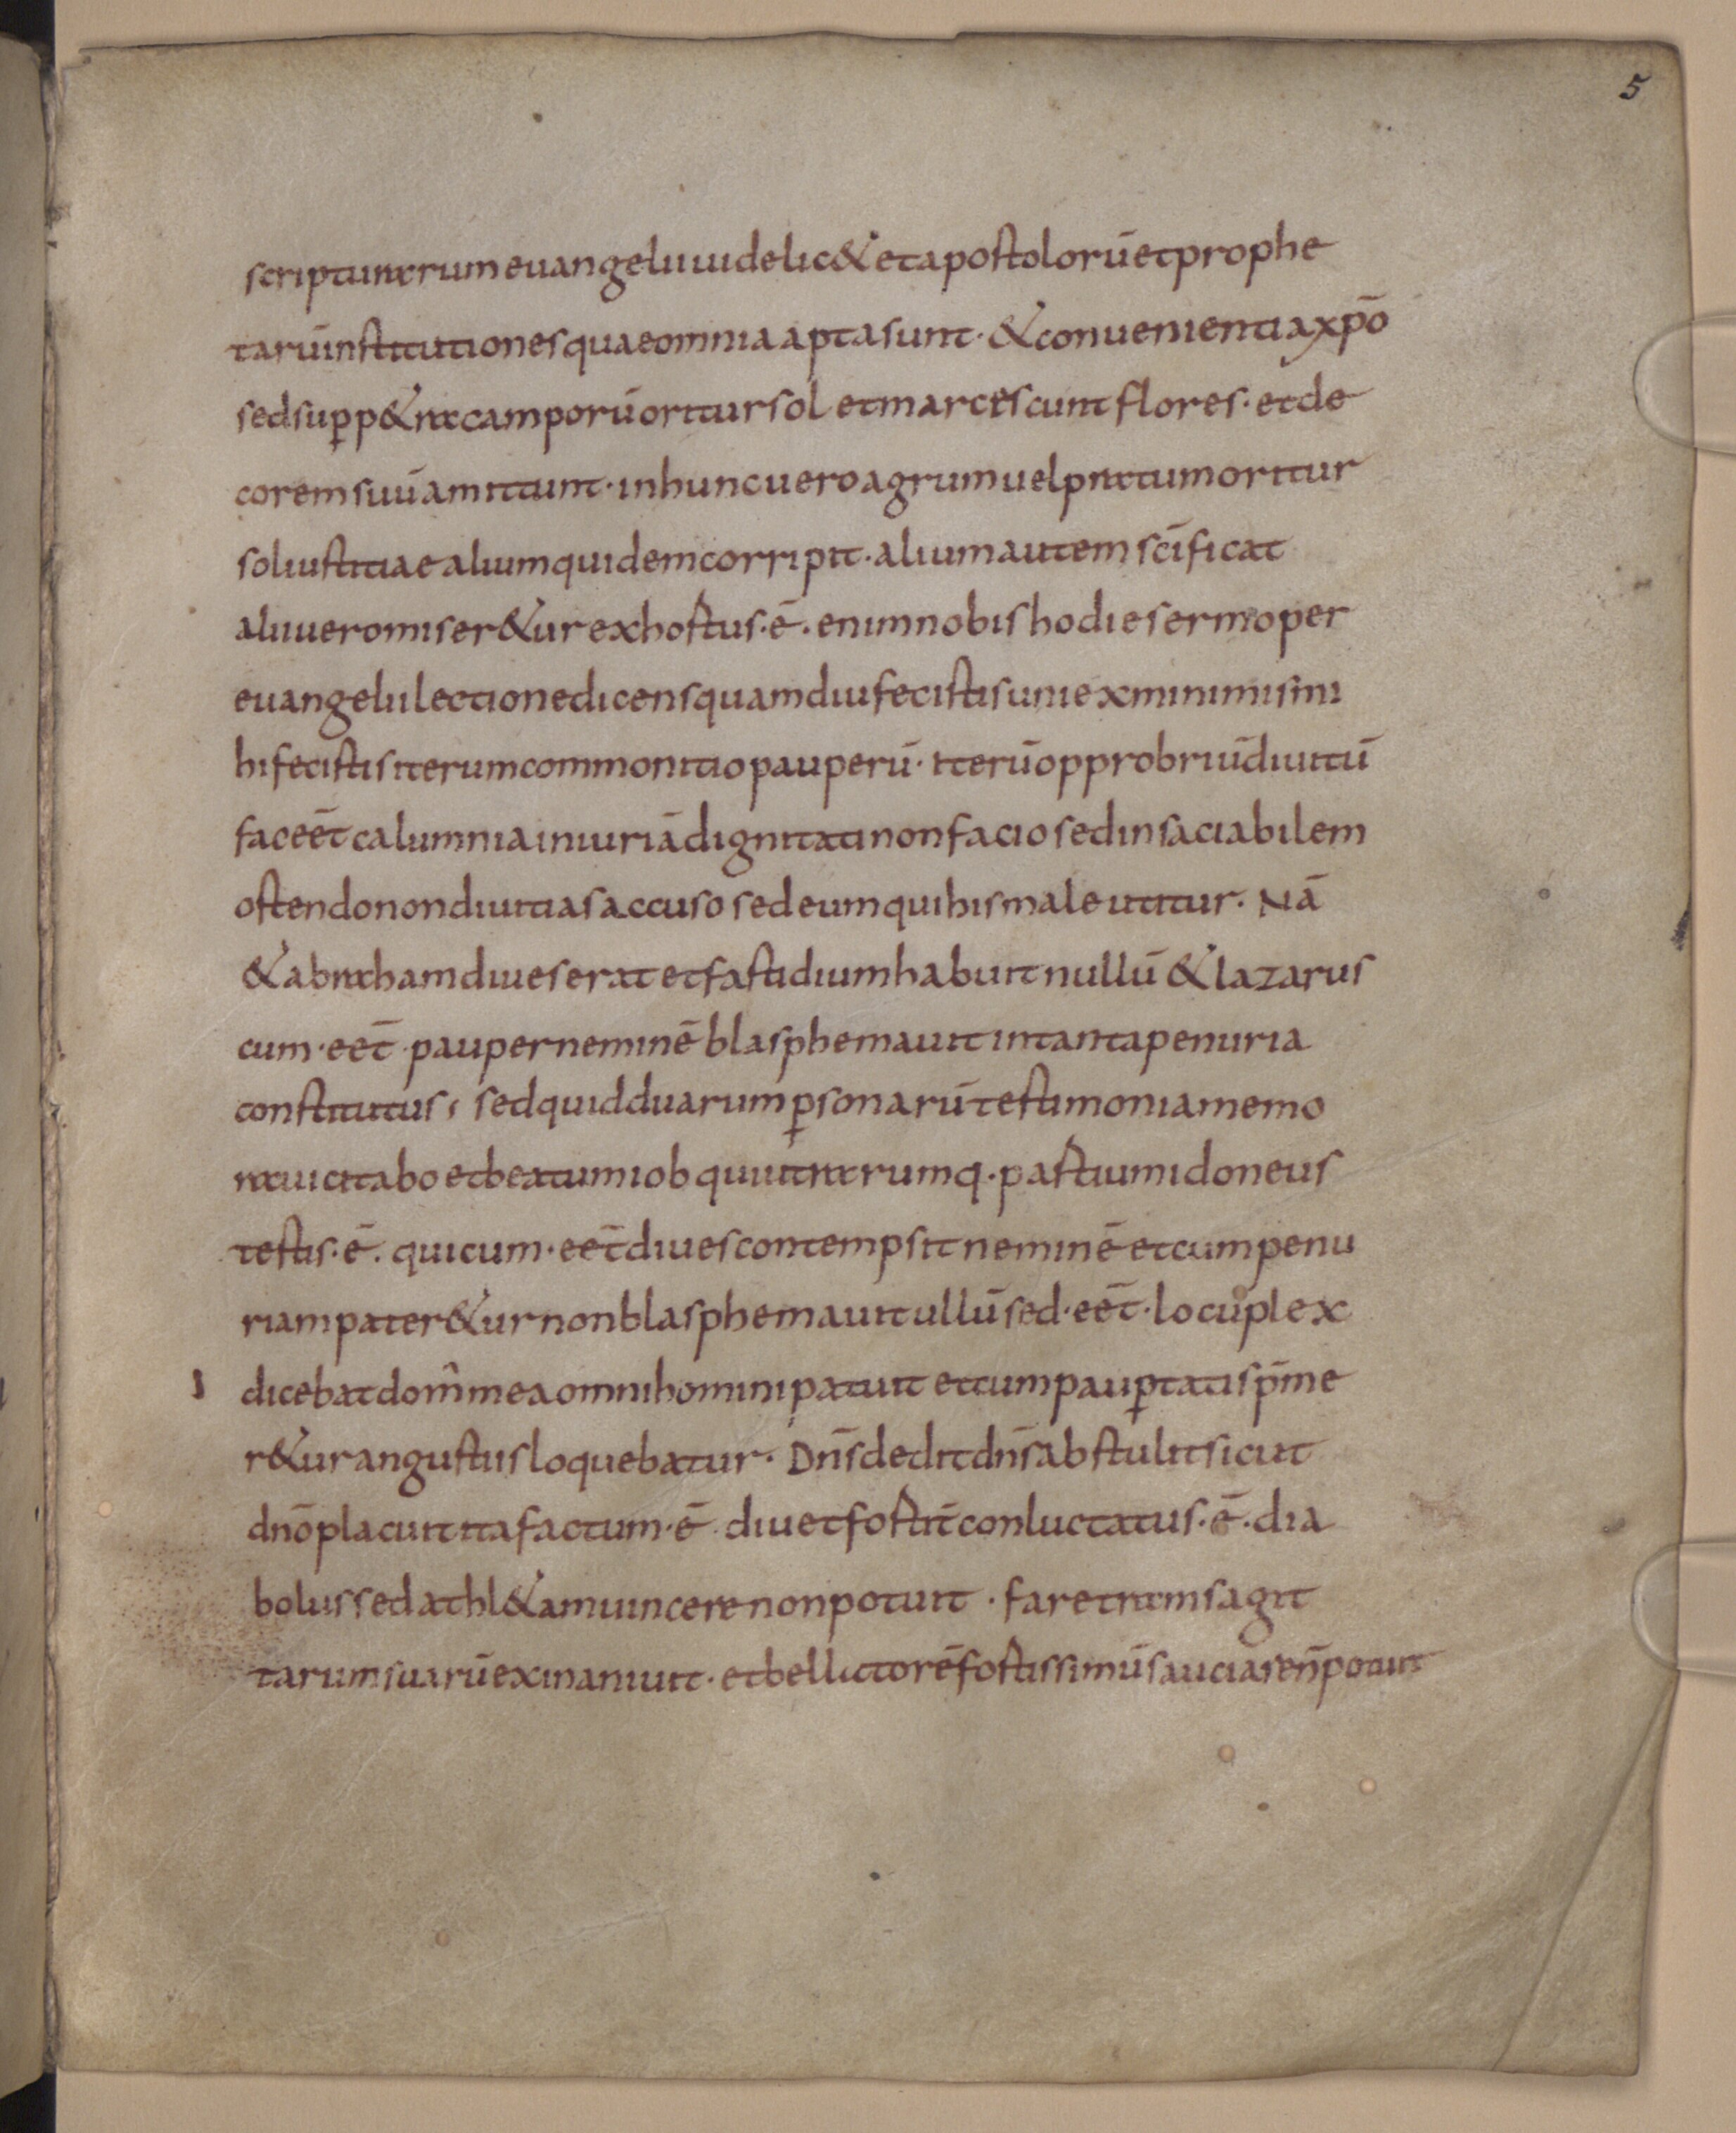
Shelfmark: Munich, Bayerische Staatsbibliothek, Clm 17059
Century: 9